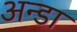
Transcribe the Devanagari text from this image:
अन्डा